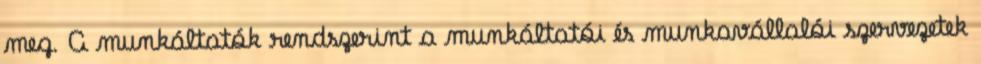
meg. A munkáltatók rendszerint a munkáltatói és munkavállalói szervezetek